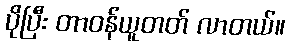
ပိုပြီး တာဝန်ယူတတ် လာတယ်။